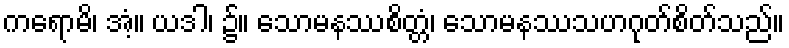
ကရောမိ၊ အံ့။ ယဒါ၊ ၌။ သောမနဿစိတ္တံ၊ သောမနဿသဟဂုတ်စိတ်သည်။